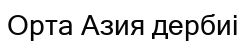
Орта Азия дербиі